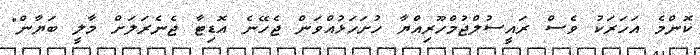
ކޮންމެ އަހަރަކު ވެސް ރައީސުލްޖުމްހޫރިއްޔާ ހުށަހަޅުއްވަން ޖެހޭނެ އޮޑިޓާ ޖެނެރަލަށް މާލީ ބަޔާން"